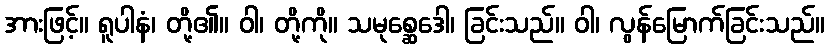
အားဖြင့်။ ရူပါနံ၊ တို့၏။ ဝါ၊ တို့ကို။ သမုစ္ဆေဒေါ၊ ခြင်းသည်။ ဝါ၊ လွန်မြောက်ခြင်းသည်။